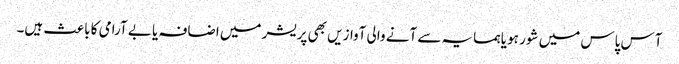
آس پاس میں شور ہو یا ہمسایہ سے آنے والی آوازیں بھی پریشر میں اضافہ یا بے آرامی کا باعث ہیں۔